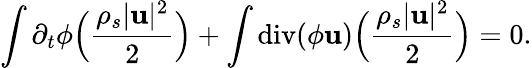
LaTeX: \int\partial_{t}\phi\Big(\frac{\rho_{s}|{\mathbf u}|^{2}}{2}\Big)+\int\mathrm{div}(\phi{\mathbf u})\Big(\frac{\rho_{s}|{\mathbf u}|^{2}}{2}\Big)=0.